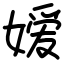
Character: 嫒